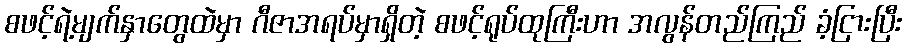
စဖင့်ရဲ့မျက်နှာတွေထဲမှာ ဂီဇာအရပ်မှာရှိတဲ့ စဖင့်ရုပ်ထုကြီးဟာ အလွန်တည်ကြည် ခံ့ငြားပြီး